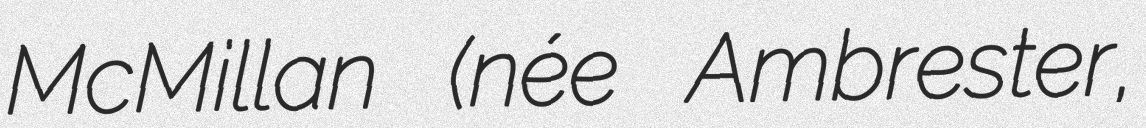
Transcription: McMillan (née Ambrester,